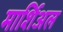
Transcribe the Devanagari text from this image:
मार्शिअल